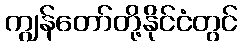
ကျွန်တော်တို့နိုင်ငံတွင်